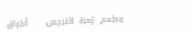
مطعم زهرة النرجس   أطباق